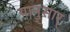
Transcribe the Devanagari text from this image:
यानुसार्